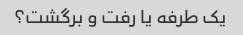
یک طرفه یا رفت و برگشت؟